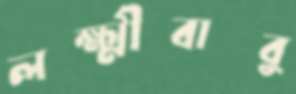
লক্ষ্মীবাবু